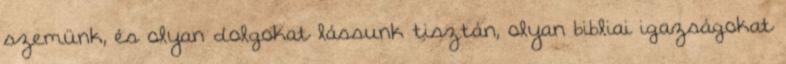
szemünk, és olyan dolgokat lássunk tisztán, olyan bibliai igazságokat